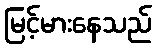
မြင့်မားနေသည်